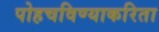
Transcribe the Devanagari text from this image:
पोहचविण्याकरिता